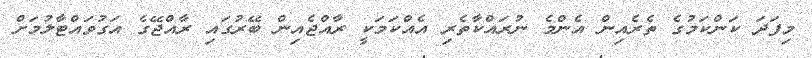
މިފަދަ ކަންކަމުގެ ތެރެއިން އެންމެ ނުރައްކާތެރި އެއްކަމަކީ ރާއްޖެއިން ބޭރުގައި ރާއްޖޭގެ އަގުވައްޓާލުމަށް